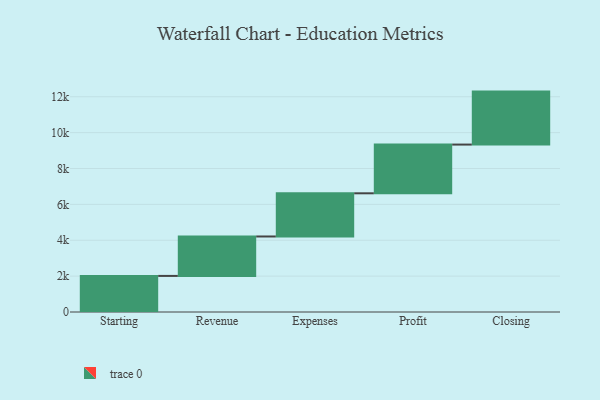
{"axis": {"x": "Step", "y": "Value"}, "legend": [""], "data": [{"x": "Starting", "y": 2012.0, "type": ""}, {"x": "Revenue", "y": 2198.0, "type": ""}, {"x": "Expenses", "y": 2407.0, "type": ""}, {"x": "Profit", "y": 2716.0, "type": ""}, {"x": "Closing", "y": 2953.0, "type": ""}]}